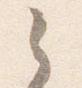
之